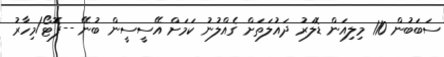
ސަބަބުން 110 މިލިއަން ޑޮލަރު ދައުލަތަށް ގެއްލުނު ކަމަށް އޭސީސީން ބުނޭ --ފޮޓޯ/މިހާރު